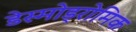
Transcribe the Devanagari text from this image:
डेस्मोड्रोमिक